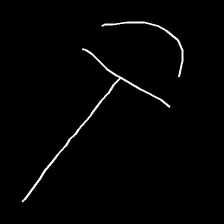
Glyph: dispersion